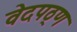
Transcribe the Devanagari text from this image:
वेदपठ्ण